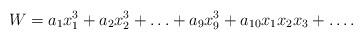
LaTeX: \begin{align*}W = a_1x_1^3+a_2x_2^3+\ldots+a_9x_9^3+a_{10}x_1x_2x_3+\ldots.\end{align*}